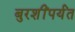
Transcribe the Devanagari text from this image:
बुरशींपर्यंत